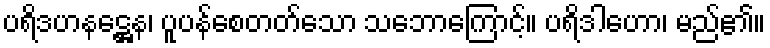
ပရိဒဟနဋ္ဌေန၊ ပူပန်စေတတ်သော သဘောကြောင့်။ ပရိဒါဟော၊ မည်၏။